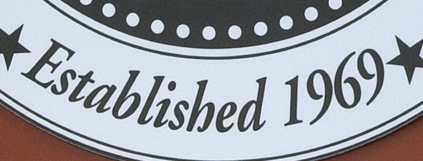
Established 1969